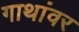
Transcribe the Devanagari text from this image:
गाथांवर